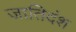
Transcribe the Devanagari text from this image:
जातिदंश